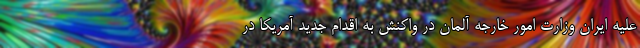
علیه ایران وزارت امور خارجه آلمان در واکنش به اقدام جدید آمریکا در